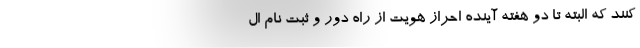
کنند که البته تا دو هفته آینده احراز هویت از راه دور و ثبت نام ال